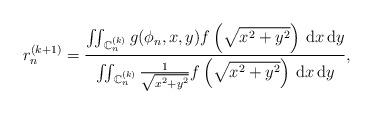
LaTeX: \begin{align*}r_n^{(k+1)}&=\frac{\iint_{\, \mathbb{C}_n^{(k)}}g(\phi_n,x,y)f\left(\sqrt{x^2+y^2}\right) \, \mathrm{d}x \, \mathrm{d}y}{\iint_{\, \mathbb{C}_n^{(k)}}\frac{1}{\sqrt{x^2+y^2}}f\left(\sqrt{x^2+y^2}\right) \, \mathrm{d}x \, \mathrm{d}y},\end{align*}